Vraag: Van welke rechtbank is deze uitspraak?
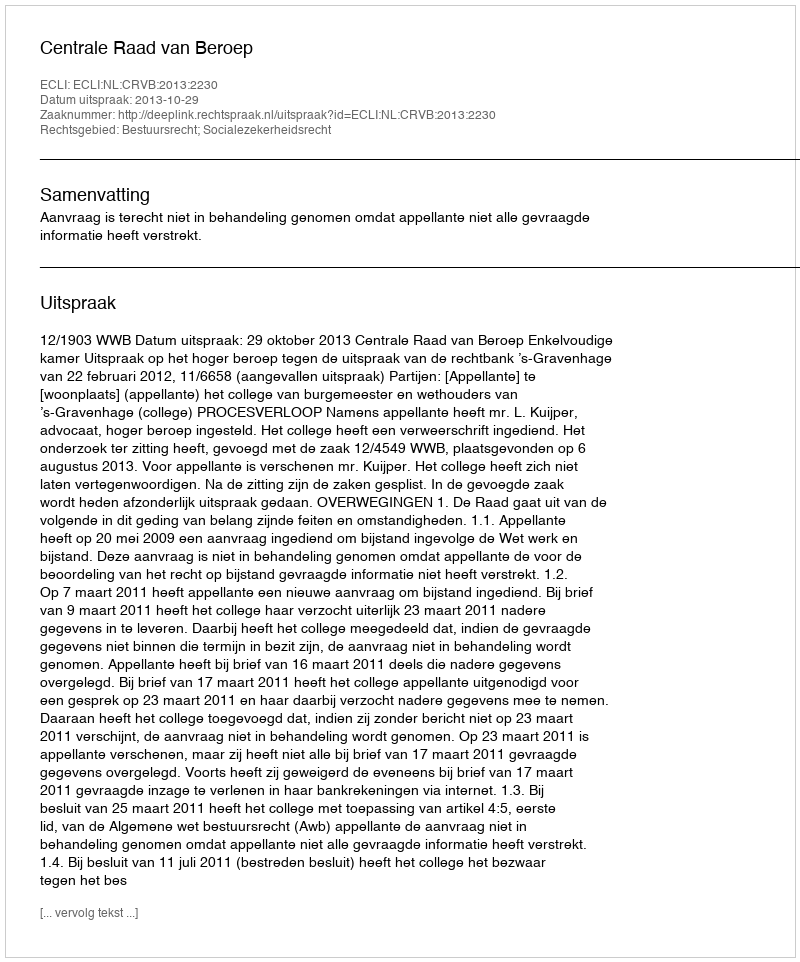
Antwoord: Centrale Raad van Beroep